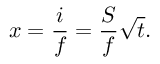
x = { \frac { i } { f } } = { \frac { S } { f } } { \sqrt { t } } .